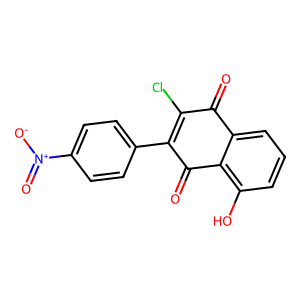
SMILES: O=C1C(Cl)=C(c2ccc([N+](=O)[O-])cc2)C(=O)c2c(O)cccc21
Inhibits HIV replication: No